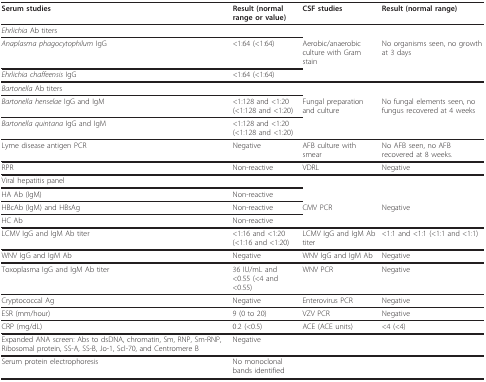
<table><thead><tr><td><b>Serum studies</b></td><td><b>Result (normal range or value)</b></td><td><b>CSF studies</b></td><td><b>Result (normal range)</b></td></tr></thead><tbody><tr><td><i>Ehrlichia </i>Ab titers</td><td></td><td></td><td></td></tr><tr><td><i>Anaplasma phagocytophilum </i>IgG</td><td>&lt;1:64 (&lt;1:64)</td><td>Aerobic/anaerobic culture with Gram stain</td><td>No organisms seen, no growth at 3 days</td></tr><tr><td><i>Ehrlichia chaffeensis </i>IgG</td><td>&lt;1:64 (&lt;1:64)</td><td></td><td></td></tr><tr><td><i>Bartonella </i>Ab titers</td><td></td><td></td><td></td></tr><tr><td><i>Bartonella henselae </i>IgG and IgM</td><td>&lt;1:128 and &lt;1:20 (&lt;1:128 and &lt;1:20)</td><td>Fungal preparation and culture</td><td>No fungal elements seen, no fungus recovered at 4 weeks</td></tr><tr><td><i>Bartonella quintana </i>IgG and IgM</td><td>&lt;1:128 and &lt;1:20 (&lt;1:128 and &lt;1:20)</td><td></td><td></td></tr><tr><td>Lyme disease antigen PCR</td><td>Negative</td><td>AFB culture with smear</td><td>No AFB seen, no AFB recovered at 8 weeks.</td></tr><tr><td>RPR</td><td>Non-reactive</td><td>VDRL</td><td>Negative</td></tr><tr><td>Viral hepatitis panel</td><td></td><td></td><td></td></tr><tr><td>HA Ab (IgM)</td><td>Non-reactive</td><td></td><td></td></tr><tr><td>HBcAb (IgM) and HBsAg</td><td>Non-reactive</td><td>CMV PCR</td><td>Negative</td></tr><tr><td>HC Ab</td><td>Non-reactive</td><td></td><td></td></tr><tr><td>LCMV IgG and IgM Ab titer</td><td>&lt;1:16 and &lt;1:20 (&lt;1:16 and &lt;1:20)</td><td>LCMV IgG and IgM Ab titer</td><td>&lt;1:1 and &lt;1:1 (&lt;1:1 and &lt;1:1)</td></tr><tr><td>WNV IgG and IgM Ab</td><td>Negative</td><td>WNV IgG and IgM Ab</td><td>Negative</td></tr><tr><td>Toxoplasma IgG and IgM Ab titer</td><td>36 IU/mL and &lt;0.55 (&lt;4 and &lt;0.55)</td><td>WNV PCR</td><td>Negative</td></tr><tr><td>Cryptococcal Ag</td><td>Negative</td><td>Enterovirus PCR</td><td>Negative</td></tr><tr><td>ESR (mm/hour)</td><td>9 (0 to 20)</td><td>VZV PCR</td><td>Negative</td></tr><tr><td>CRP (mg/dL)</td><td>0.2 (&lt;0.5)</td><td>ACE (ACE units)</td><td>&lt;4 (&lt;4)</td></tr><tr><td>Expanded ANA screen: Abs to dsDNA, chromatin, Sm, RNP, Sm-RNP, Ribosomal protein, SS-A, SS-B, Jo-1, Scl-70, and Centromere B</td><td>Negative</td><td></td><td></td></tr><tr><td>Serum protein electrophoresis</td><td>No monoclonal bands identified</td><td></td><td></td></tr></tbody></table>